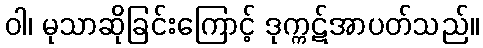
ဝါ၊ မုသာဆိုခြင်းကြောင့် ဒုက္ကဋ်အာပတ်သည်။